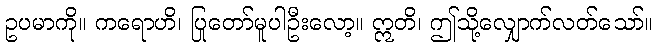
ဥပမာကို။ ကရောဟိ၊ ပြုတော်မူပါဦးလော့။ ဣတိ၊ ဤသို့လျှောက်လတ်သော်။